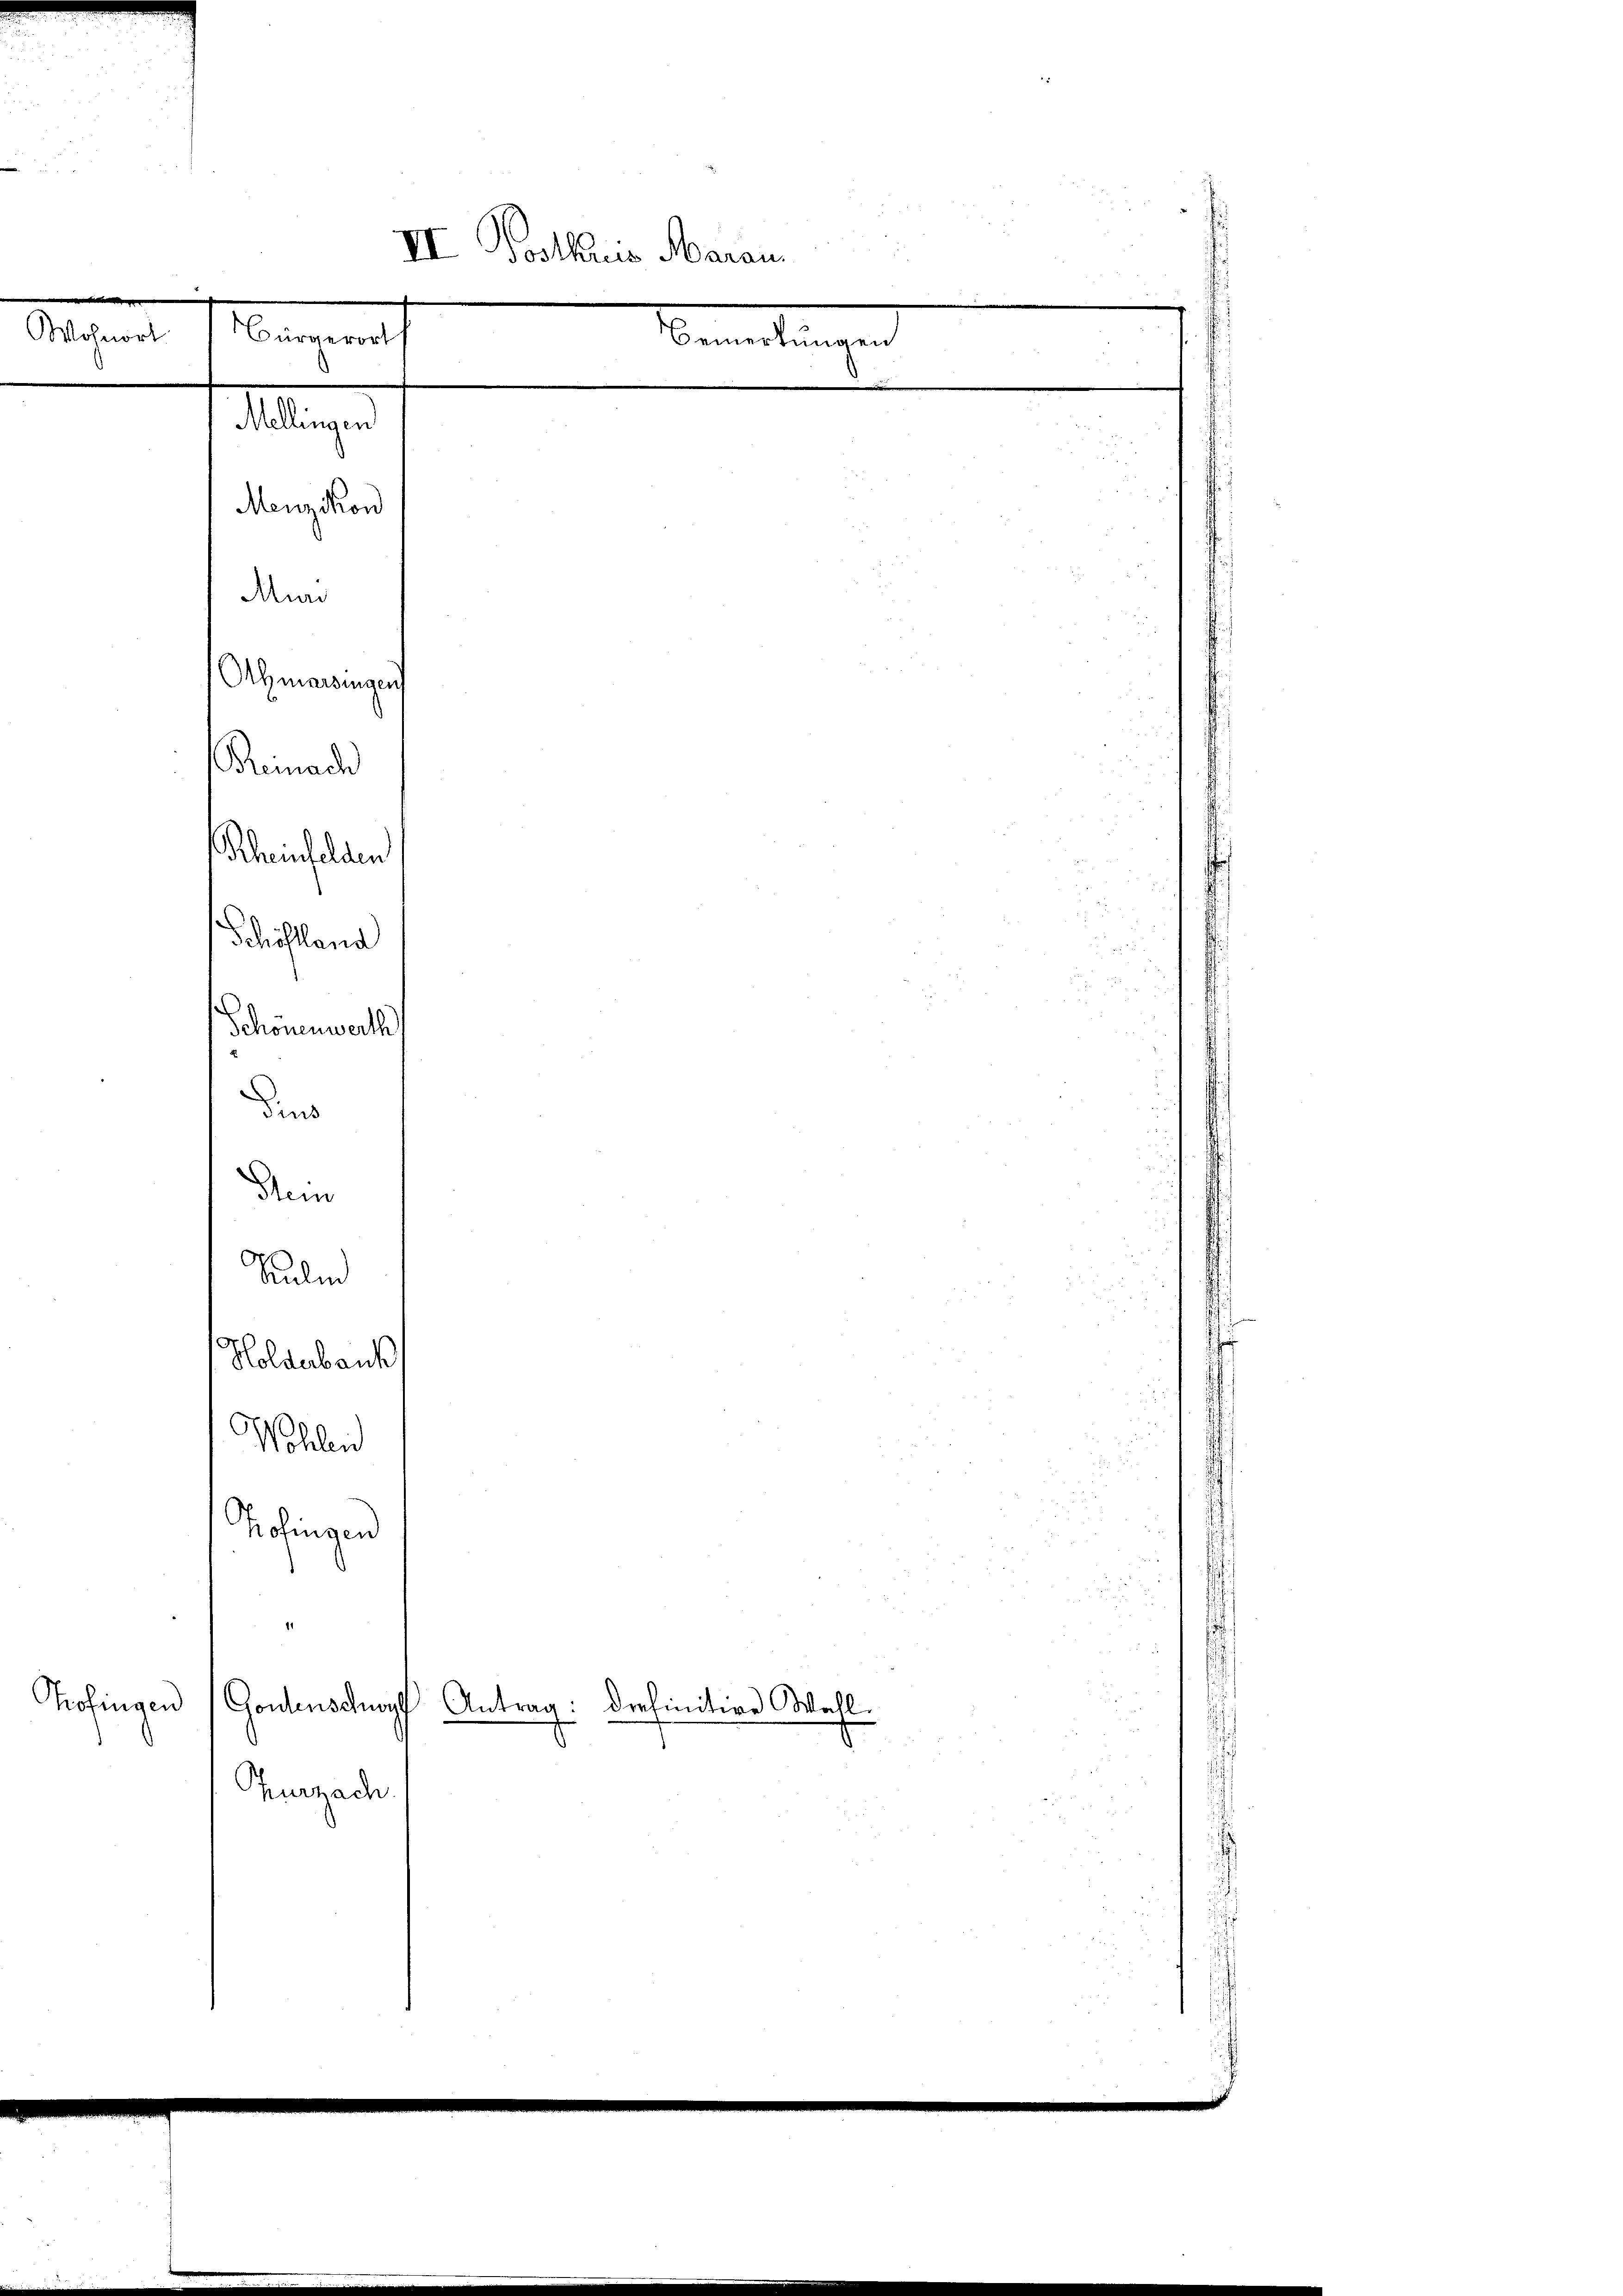
s
VI. Postkuris Aarau.

Bürgerort
Wohnort
Bemerkungen
Muri
Ameringen
Remach
Rheinfelden
Schöhlend
Schonenwerth
dins
Dem
Sulm
Holderbauk
Wohlend
Hofingen
1
Pofingen
Gontenschwor
Antrag: Drefinitive Wahl.
Zurzach

Mellingen
Menzikon